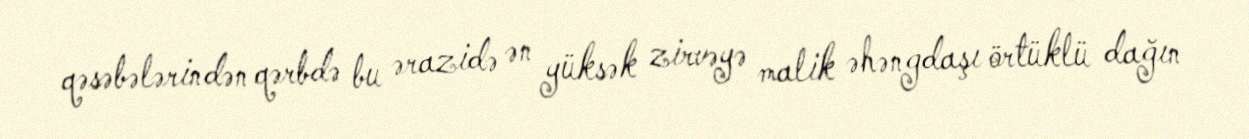
qəsəbələrindən qərbdə bu ərazidə ən yüksək zirvəyə malik əhəngdaşı örtüklü dağın